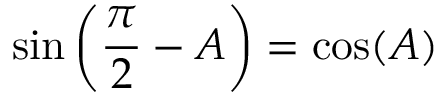
\sin \left( { \frac { \pi } { 2 } } - A \right) = \cos ( A )